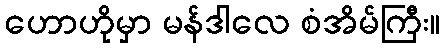
ဟောဟိုမှာ မန်ဒါလေ စံအိမ်ကြီး။